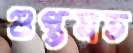
গুপ্তমত